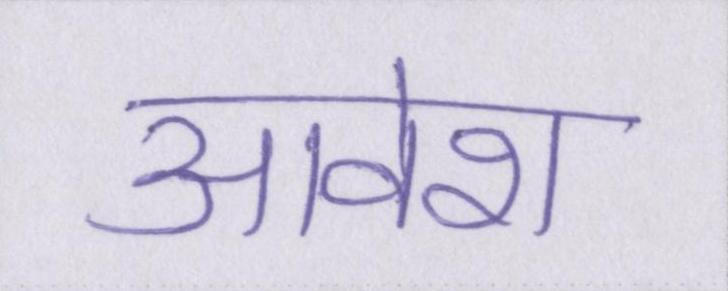
आवेश